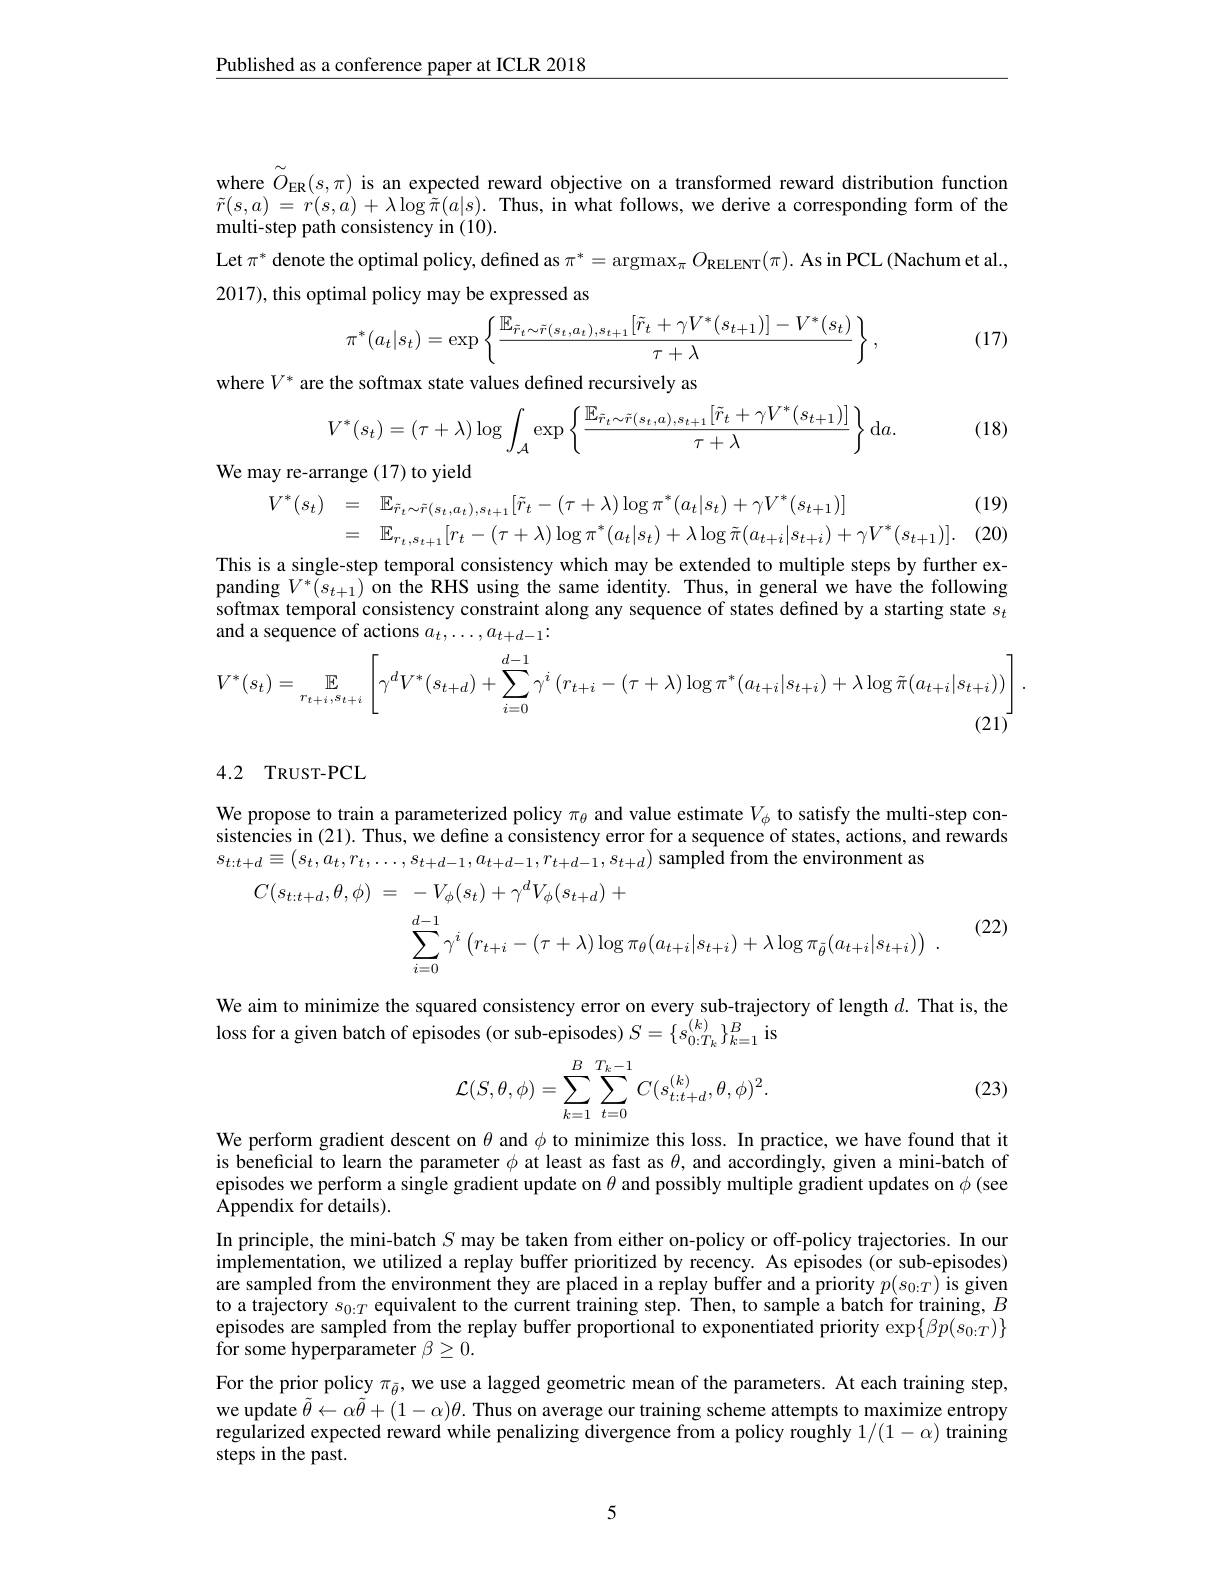
Published as a conference paper at ICLR 2018

where $\tilde{O}_{\mathrm{ER}}(s,\pi)$ is an expected reward objective on a transformed reward distribution function $\tilde{r} ( s, a)$ = $r( s, a)$ + $\lambda \log \tilde{\pi } ( a| s) .$ Thus, in what follows, we derive a corresponding form of the multi-step path consistency in (10).
Let $\pi^*$ denote the optimal policy, defined as $\pi^*=\operatorname{argmax}_\pi O_{{\mathrm{RELENT}}}(\pi).\operatorname{As~in~PCL}($Nachum et al.
2017), this optimal policy may be expressed as

(17)
$$\pi^*(a_t|s_t)=\exp\left\{\frac{\mathbb{E}_{\tilde r_t\sim\tilde r(s_t,a_t),s_{t+1}}[\tilde r_t+\gamma V^*(s_{t+1})]-V^*(s_t)}{\tau+\lambda}\right\},$$
$$\begin{aligned}&\mathrm{the~softmax~state~values~defined~recursively~as}\\&V^{*}(s_{t})=(\tau+\lambda)\operatorname{log}\int\:\operatorname{exp}\left\{\frac{\mathbb{E}_{\tilde{r}_{t}\sim\tilde{r}(s_{t},a),s_{t+1}}[\tilde{r}_{t}+\gamma V^{*}(s_{t+1})]}{\underline{}}\right\}\mathrm{d}a\end{aligned}$$
$:V^{*}$
$$V^*(s_t)=(\tau+\lambda)\log\int_{\mathcal{A}}\exp\left\{\frac{\mathbb{E}_{\tilde{r}_t\sim\tilde{r}(s_t,a),s_{t+1}}[\tilde{r}_t+\gamma V^*(s_{t+1})]}{\tau+\lambda}\right\}\mathrm{d}a.$$
We may re-arrange (17) to yield

(18)
$$\begin{aligned}&\text{ay ro unuigo (17) to yicu}\\&V^{*}(s_{t})&&=\quad\mathbb{E}_{\tilde{r}_{t}\sim\tilde{r}(s_{t},a_{t}),s_{t+1}}[\tilde{r}_{t}-(\tau+\lambda)\log\pi^{*}(a_{t}|s_{t})+\gamma V^{*}(s_{t+1})]\\&&&=\quad\mathbb{E}_{r_{t},s_{t+1}}[r_{t}-(\tau+\lambda)\log\pi^{*}(a_{t}|s_{t})+\lambda\log\tilde{\pi}(a_{t+i}|s_{t+i})+\gamma V^{*}(s_{t+1})].\\\end{aligned}$$
(19)

This is a single-step temporal consistency which may be extended to multiple steps by further expanding $V^*(s_{t+1})$ on the RHS using the same identity. Thus, in general we have the following softmax temporal consistency constraint along any sequence of states defined by a starting state $s_t$ and a sequence of actions $a_t,\ldots,a_{t+d-1}:$
$$V^{*}(s_{t})=\mathbb{E}_{r_{t+i},s_{t+i}}\left[\gamma^{d}V^{*}(s_{t+d})+\sum_{i=0}^{d-1}\gamma^{i}\left(r_{t+i}-(\tau+\lambda)\log\pi^{*}(a_{t+i}|s_{t+i})+\lambda\log\tilde{\pi}(a_{t+i}|s_{t+i}))\right].\right].$$
### 4.2 TRUST-PCL

We propose to train a parameterized policy $\pi_{\theta}$ and value estimate $V_\phi$ to satisfy the multi-step consistencies in (21). Thus, we define a consistency error for a sequence of states, actions, and rewards $s_{t:t+d}\equiv(s_{t},a_{t},r_{t},\ldots,s_{t+d-1},a_{t+d-1},r_{t+d-1},s_{t+d})$ sampled from the environment as
$$\begin{aligned}C(s_{t:t+d},\theta,\phi)&=\quad-V_{\phi}(s_{t})+\gamma^{d}V_{\phi}(s_{t+d})\:+\\&\sum_{i=0}^{d-1}\gamma^{i}\left(r_{t+i}-(\tau+\lambda)\log\pi_{\theta}(a_{t+i}|s_{t+i})+\lambda\log\pi_{\tilde{\theta}}(a_{t+i}|s_{t+i})\right)\:.\end{aligned}$$
(22)

We aim to minimize the squared consistency error on every sub-trajectory of length $d.$ That is, the
loss for a given batch of episodes (or sub-episodes) $S=\{s_0:T_k\}_{k=1}^B$ is
$$\mathcal{L}(S,\theta,\phi)=\sum\limits_{k=1}^{B}\sum\limits_{t=0}^{T_k-1}C(s_{t:t+d}^{(k)},\theta,\phi)^2.$$
(23)

We perform gradient descent on $\theta$ and $\phi$ to minimize this loss. In practice, we have found that it is beneficial to learn the parameter $\phi$ at least as fast as $\theta$, and accordingly, given a mini-batch of episodes we perform a single gradient update on $\theta$ and possibly multiple gradient updates on $\phi($see $\tilde{\mathrm{Appendix~for~details}}).$
In principle, the mini-batch $S$ may be taken from either on-policy or off-policy trajectories. In our $\hat{\text{implementation, we utilized a replay buffer prioritized by recency. As episodes(or sub-episodes)}}$ are sampled from the environment they are placed in a replay buffer and a priority $p(s_{0:T})$ is given to a trajectory $s_0:T$ equivalent to the current training step. Then, to sample a batch for training, $B$ episodes are sampled from the replay buffer proportional to exponentiated priority $\exp\{\beta p(s_{0:T})\}$ $\tilde{\mathrm{for~some~hyperparameter~}}\beta\geq0.$
For the prior policy $\pi_{\tilde{\theta}}$, we use a lagged geometric mean of the parameters. At each training step, we update $\tilde{\theta}\leftarrow\alpha\tilde{\theta}+(1-\alpha)\theta.$ Thus on average our training scheme attempts to maximize entropy regularized expected reward while penalizing $\tilde{\text{divergence from a policy roughly }1/(1-\alpha)}$ training steps in the past.

5